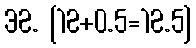
32. [12+0.5=12.5]